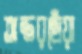
অন্তরছোঁয়া